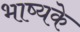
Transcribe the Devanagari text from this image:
भाष्यके